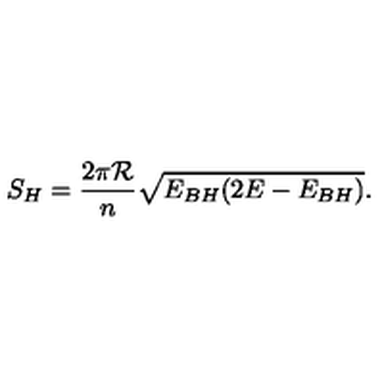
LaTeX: S _ { H } = \frac { 2 \pi { \cal R } } { n } \sqrt { E _ { B H } ( 2 E - E _ { B H } ) } .